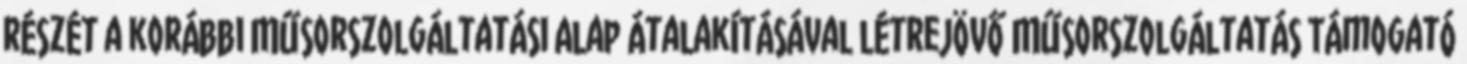
részét a korábbi Műsorszolgáltatási Alap átalakításával létrejövő Műsorszolgáltatás Támogató